Insane asylums in Bengal annual reports 1867-1875 - 1867-1875
Year: 1867
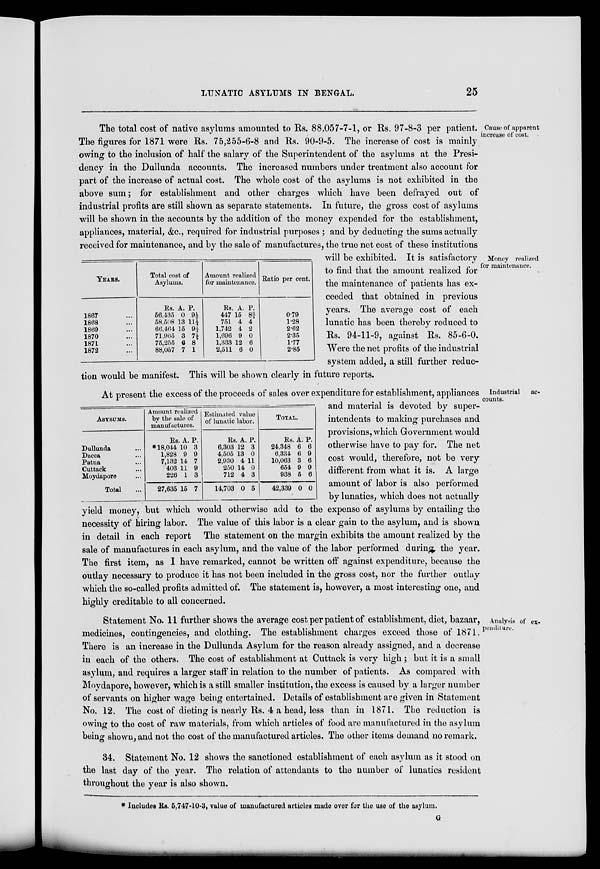
LUNATIC ASYLUMS IN BENGAL.
25
Cause of apparent
increase of cost.
Money realized
for maintenance.
The total cost of native asylums amounted to Rs. 88,057-7-1, or Rs. 97-8-3 per patient.
The figures for 1871 were Rs. 75,255-6-8 and Rs. 90-9-5. The increase of cost is mainly
owing to the inclusion of half the salary of the Superintendent of the asylums at the Presi-
dency in the Dullunda accounts. The increased numbers under treatment also account for
part of the increase of actual cost. The whole cost of the asylums is not exhibited in the
above sum; for establishment and other charges which have been defrayed out of
industrial profits are still shown as separate statements. In future, the gross cost of asylums
will be shown in the accounts by the addition of the money expended for the establishment,
appliances, material, &c., required for industrial purposes ; and by deducting the sums actually
received for maintenance, and by the sale of manufactures, the true net cost of these institutions
will be exhibited. It is satisfactory
to find that the amount realized for
the maintenance of patients has ex-
ceeded that obtained in previous
years. The average cost of each
lunatic has been thereby reduced to
Rs. 94-11-9, against Rs. 85-6-0.
Were the net profits of the industrial
system added, a still further reduc-
tion would be manifest. This will be shown clearly in future reports.
YEARS.
1867 ...
1868 ...
1869 ...
1870 ...
1871 ...
1872 ...
Total cost of
Asylums.
Rs.
56.435
58,508
66,464
71,965
75,255
88,057
A.
0
13
15
3
6
7
P.
9½
11¼
9¼
7½
8
1
Amount realized
for maintenance.
Rs.
447
751
1,742
1,696
1,333
2,511
A.
15
4
4
9
12
6
P.
8¾
4
2
0
6
0
Ratio per cent.
0.79
1.28
2.62
2.35
1.77
2.85
Industrial ac-
counts.
At present the excess of the proceeds of sales over expenditure for establishment, appliances
and material is devoted by super-
intendents to making purchases and
provisions, which Government would
otherwise have to pay for. The net
cost would, therefore, not be very
different from what it is. A large
amount of labor is also performed
by lunatics, which does not actually
yield money, but which would otherwise add to the expense of asylums by entailing the
necessity of hiring labor. The value of this labor is a clear gain to the asylum, and is shown
in detail in each report The statement on the margin exhibits the amount realized by the
sale of manufactures in each asylum, and the value of the labor performed during the year.
The first item, as I have remarked, cannot be written off against expenditure, because the
outlay necessary to produce it has not been included in the gross cost, nor the further outlay
which the so-called profits admitted of. The statement is, however, a most interesting one, and
highly creditable to all concerned.
ASYSUMS.
Dullunda ...
Dacca ...
Patna ...
Cuttack ...
Moydapore ...
Total ...
Amount realized
by the sale of
manufactures.
Rs.
*18,044
1,828
7,132
403
226
27,635
A.
10
9
14
11
1
15
P.
3
9
7
9
3
7
Estimated value
of lunatic labor.
Rs.
6,303
4,505
2,930
250
712
14,703
A.
12
13
4
14
4
0
P.
3
0
11
0
3
5
TOTAL.
Rs.
24,348
6,334
10,063
654
938
42,339
A.
6
6
3
9
5
0
P.
6
9
6
9
6
0
Analysis of ex-
penditure.
Statement No. 11 further shows the average cost per patient of establishment, diet, bazaar,
medicines, contingencies, and clothing. The establishment charges exceed those of 1871.
There is an increase in the Dullunda Asylum for the reason already assigned, and a decrease
in each of the others. The cost of establishment at Cuttack is very high ; but it is a small
asylum, and requires a larger staff in relation to the number of patients. As compared with
Moydapore, however, which is a still smaller institution, the excess is caused by a larger number
of servants on higher wage being entertained. Details of establishment are given in Statement
No. 12. The cost of dieting is nearly Rs. 4 a head, less than in 1871. The reduction is
owing to the cost of raw materials, from which articles of food are manufactured in the asylum
being shown, and not the cost of the manufactured articles. The other items demand no remark.
34. Statement No. 12 shows the sanctioned establishment of each asylum as it stood on
the last day of the year. The relation of attendants to the number of lunatics resident
throughout the year is also shown.
* Includes Rs. 5,747-10-3, value of manufactured articles made over for the use of the asylum.
G